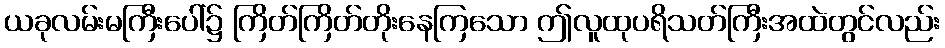
ယခုလမ်းမကြီးပေါ်၌ ကြိတ်ကြိတ်တိုးနေကြသော ဤလူထုပရိသတ်ကြီးအထဲတွင်လည်း